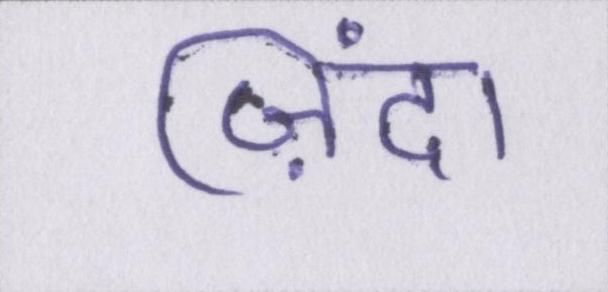
ज़िंदा